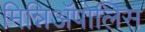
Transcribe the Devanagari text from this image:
मिन्निअॅपोलिस